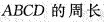
ABCD的周长